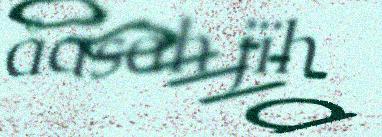
åasah jïh